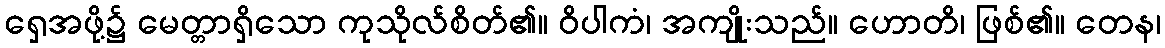
ရှေအဖို့၌ မေတ္တာရှိသော ကုသိုလ်စိတ်၏။ ဝိပါကံ၊ အကျိုးသည်။ ဟောတိ၊ ဖြစ်၏။ တေန၊